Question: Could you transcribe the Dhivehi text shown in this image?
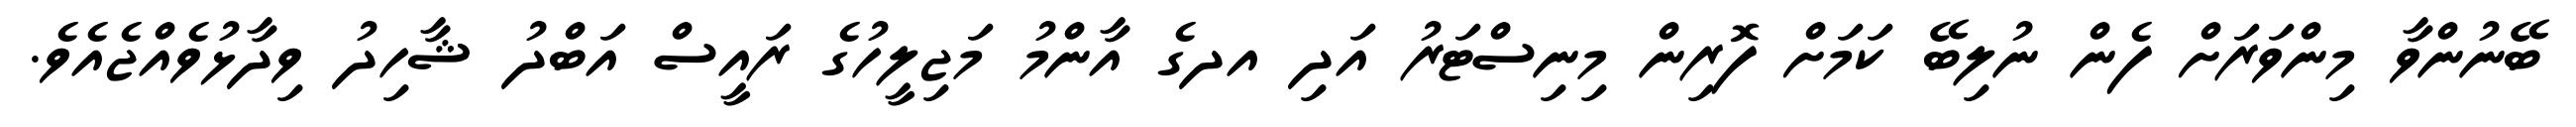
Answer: ބޭނުންވާ މިންވަރަށް ފެން ނުލިބޭ ކަމަށް ފޮރިން މިނިސްޓަރު އަދި އދގެ އާންމު މަޖިލީހުގެ ރައީސް އަބްދު ޝާހިދު ވިދާޅުވެއްޖެއެވެ.